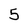
Character: 5